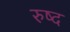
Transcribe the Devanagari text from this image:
रुष्द